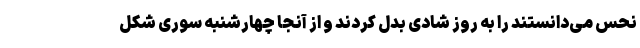
نحس می‌دانستند را به روز شادی بدل کردند و از آنجا چهارشنبه سوری شکل